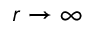
r \to \infty